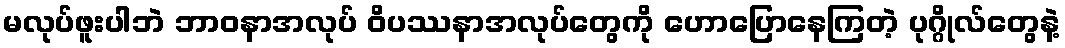
မလုပ်ဖူးပါဘဲ ဘာဝနာအလုပ် ဝိပဿနာအလုပ်တွေကို ဟောပြောနေကြတဲ့ ပုဂ္ဂိုလ်တွေနဲ့